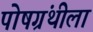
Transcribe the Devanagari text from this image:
पोषग्रंथीला